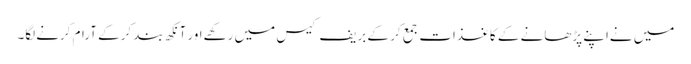
میں نےاپنے پڑھانے کے کاغذات جمع کر کے بریف کیس میں رکھےاور آنکھ بند کرکے آرام کرنےلگا۔